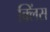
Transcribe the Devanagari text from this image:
क्लिंस